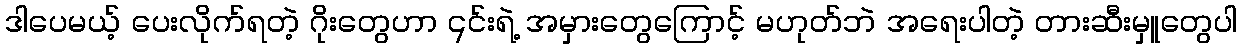
ဒါပေမယ့် ပေးလိုက်ရတဲ့ ဂိုးတွေဟာ ၎င်းရဲ့ အမှားတွေကြောင့် မဟုတ်ဘဲ အရေးပါတဲ့ တားဆီးမှူတွေပါ